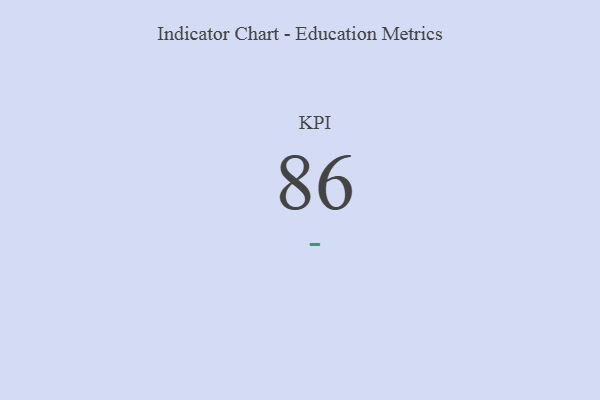
{"axis": {"x": "KPI", "y": "Value"}, "legend": [""], "data": [{"x": "KPI", "y": 86, "type": ""}]}